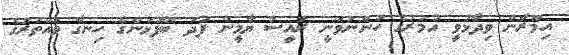
އިމްރާން ވިދާޅުވީ އުމަރުގެ ހުންނަވަނީ ރައީސް ޔާމީން ފަދަ ބޭފުޅުންގެ ހިނގާ ވައްތަރުގެ